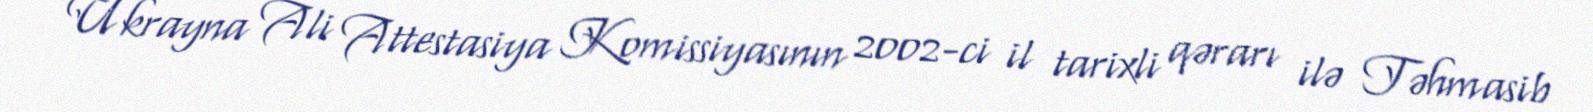
Ukrayna Ali Attestasiya Komissiyasının 2002-ci il tarixli qərarı ilə Təhmasib